Indian journal of veterinary science and animal husbandry - Volumes 18-21, 1948-1951
Year: 1948
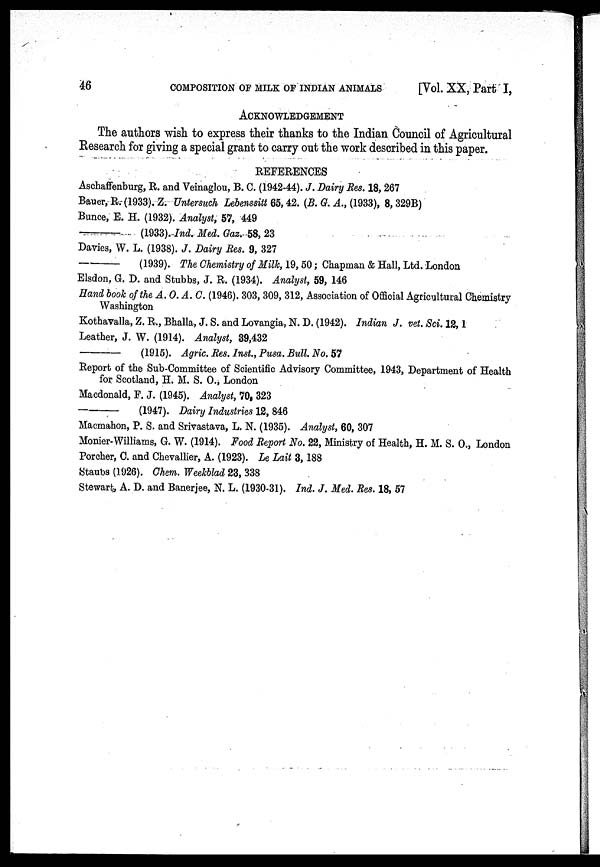
46
COMPOSITION OF MILK OF INDIAN ANIMALS
[Vol. XX, Part I,
ACKNOWLEDGEMENT
The authors wish to express their thanks to the Indian Council of Agricultural
Research for giving a special grant to carry out the work described in this paper.
REFERENCES
Aschaffenburg, R. and Veinaglou, B. C. (1942-44). J. Dairy Res. 18, 267
Bauer, R. (1933). Z. Untersuch Lebenssitt 65, 42. (B. G. A., (1933), 8, 329B)
Bunce, E. H. (1932). Analyst, 57, 449
—
(1933). Ind. Med. Gaz. 58, 23
Davies, W. L. (1938). J. Dairy Res. 9, 327
—
(1939). The Chemistry of Milk, 19, 50; Chapman & Hall, Ltd. London
Elsdon, G. D. and Stubbs, J. R. (1934). Analyst, 59, 146
Hand book of the A. O. A. C. (1946). 303, 309, 312, Association of Official Agricultural Chemistry
Washington
Kothavalla, Z. R., Bhalla, J. S. and Lovangia, N. D. (1942). Indian J. vet. Sci. 12, 1
Leather, J. W. (1914). Analyst, 39,432
—
(1915). Agric. Res. Inst., Pusa. Bull. No. 57
Report of the Sub-Committee of Scientific Advisory Committee, 1943, Department of Health
for Scotland, H. M. S. O., London
Macdonald, F. J. (1945). Analyst, 70, 323
—
(1947). Dairy Industries 12, 846
Macmahon, P. S. and Srivastava, L. N. (1935). Analyst, 60, 307
Monier-Williams, G. W. (1914). Food Report No. 22, Ministry of Health, H. M. S. O., London
Porcher, C. and Chevallier, A. (1923). Le Lait 3, 188
Staubs (1926). Chem. Weekblad 23, 338
Stewart, A. D. and Banerjee, N. L. (1930-31). Ind. J. Med. Res. 18, 57